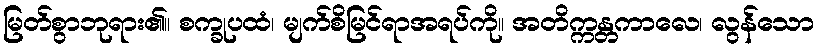
မြတ်စွာဘုရား၏။ စက္ခုပထံ၊ မျက်စိမြင်ရာအရပ်ကို။ အတိက္ကန္တကာလေ၊ လွန်သော